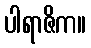
ပါရာဇိက။